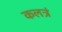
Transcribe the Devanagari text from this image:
कलत्रं